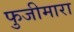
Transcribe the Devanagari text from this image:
फुजीमारा